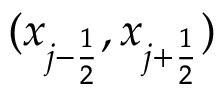
( x _ { j - \frac { 1 } { 2 } } , x _ { j + \frac { 1 } { 2 } } )